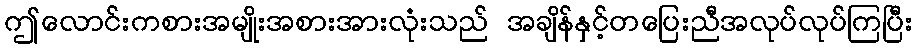
ဤလောင်းကစားအမျိုးအစားအားလုံးသည် အချိန်နှင့်တပြေးညီအလုပ်လုပ်ကြပြီး